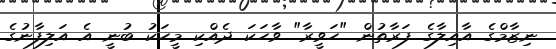
ނިޒާމްގެ އާއިލާގެ ފަރާތުން "ހަވީރާ" ވާހަކަ ދެއްކި މީހަކު ބުނީ އެ އަލިފާނުގެ